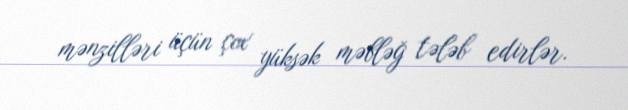
mənzilləri üçün çox yüksək məbləğ tələb edirlər.